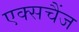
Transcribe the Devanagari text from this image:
एक्सचैंज